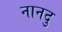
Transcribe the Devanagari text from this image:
नानदु